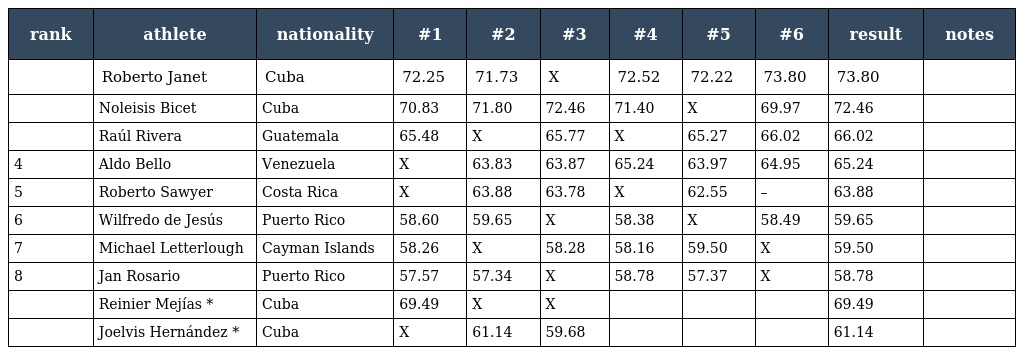
| rank | athlete | nationality | #1 | #2 | #3 | #4 | #5 | #6 | result | notes |
 | --- | --- | --- | --- | --- | --- | --- | --- | --- | --- | --- |
 |  | Roberto Janet | Cuba | 72.25 | 71.73 | X | 72.52 | 72.22 | 73.80 | 73.80 |  |
 |  | Noleisis Bicet | Cuba | 70.83 | 71.80 | 72.46 | 71.40 | X | 69.97 | 72.46 |  |
 |  | Raúl Rivera | Guatemala | 65.48 | X | 65.77 | X | 65.27 | 66.02 | 66.02 |  |
 | 4 | Aldo Bello | Venezuela | X | 63.83 | 63.87 | 65.24 | 63.97 | 64.95 | 65.24 |  |
 | 5 | Roberto Sawyer | Costa Rica | X | 63.88 | 63.78 | X | 62.55 | – | 63.88 |  |
 | 6 | Wilfredo de Jesús | Puerto Rico | 58.60 | 59.65 | X | 58.38 | X | 58.49 | 59.65 |  |
 | 7 | Michael Letterlough | Cayman Islands | 58.26 | X | 58.28 | 58.16 | 59.50 | X | 59.50 |  |
 | 8 | Jan Rosario | Puerto Rico | 57.57 | 57.34 | X | 58.78 | 57.37 | X | 58.78 |  |
 |  | Reinier Mejías * | Cuba | 69.49 | X | X |  |  |  | 69.49 |  |
 |  | Joelvis Hernández * | Cuba | X | 61.14 | 59.68 |  |  |  | 61.14 |  |